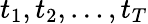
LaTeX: t_{1},t_{2},\dots,t_{T}